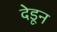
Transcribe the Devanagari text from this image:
देडून